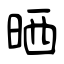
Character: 晒